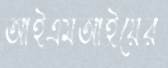
আইএমআইয়ের